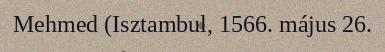
Mehmed (Isztambul, 1566. május 26.